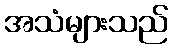
အသံများသည်